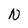
Character: N